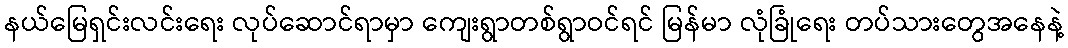
နယ်မြေရှင်းလင်းရေး လုပ်ဆောင်ရာမှာ ကျေးရွာတစ်ရွာဝင်ရင် မြန်မာ လုံခြုံရေး တပ်သားတွေအနေနဲ့